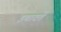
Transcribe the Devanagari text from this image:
इबादतें